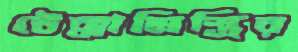
টেক্কামিস্ত্রির